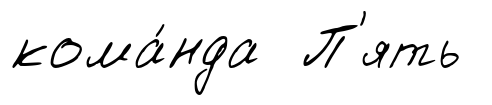
кома́нда П'ять